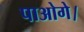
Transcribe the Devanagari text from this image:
पाओगे।